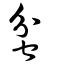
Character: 蚠